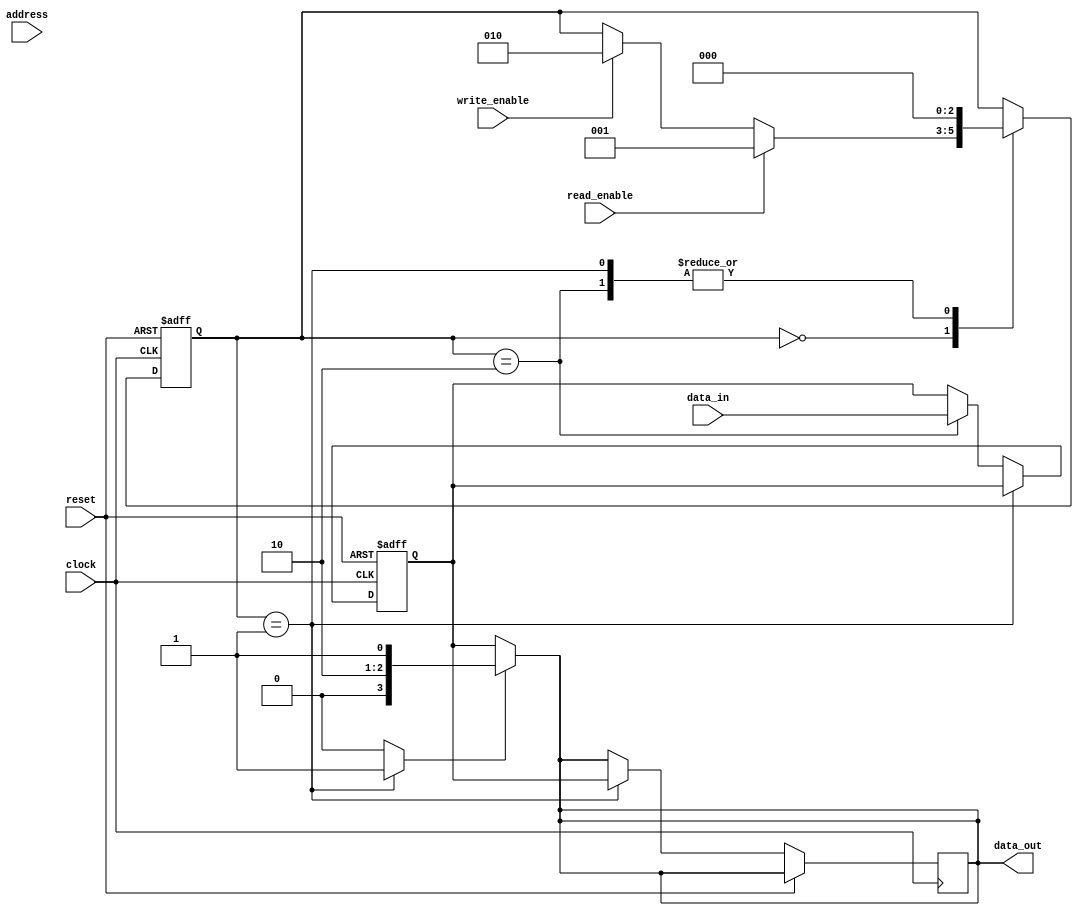
module memory_controller (
    input                          clock,
    input                          reset,
    input                          read_enable,
    input                          write_enable,
    input  [31:0]           address,
    input  [31:0]           data_in,
    output [31:0]           data_out
);

// State machine
reg [2:0] state;
parameter IDLE = 3'b000;
parameter READ = 3'b001;
parameter WRITE = 3'b010;

always @ (posedge clock or posedge reset)
begin
    if (reset)
        state <= IDLE;
    else
        case (state)
            IDLE: begin
                if (read_enable)
                    state <= READ;
                else if (write_enable)
                    state <= WRITE;
            end
            READ: state <= IDLE;
            WRITE: state <= IDLE;
        endcase
end

// Register File
reg [31:0] address_reg;
reg [31:0] data_reg;

always @ (posedge clock or posedge reset)
begin
    if (reset)
    begin
        address_reg <= 32'h0;
        data_reg <= 32'h0;
    end
    else if (state == READ)
    begin
        address_reg <= address;
        data_out <= data_reg;
    end
    else if (state == WRITE)
        begin
            address_reg <= address;
            data_reg <= data_in;
        end
end

// Memory Interface
reg [31:0] memory_data;

// Control logic
reg read_enable_out;
reg write_enable_out;

always @ (*)
begin
    case (state)
        READ: begin
            read_enable_out = 1;
            write_enable_out = 0;
        end
        WRITE: begin
            read_enable_out = 0;
            write_enable_out = 1;
        end
        default: begin
            read_enable_out = 0;
            write_enable_out = 0;
        end
    endcase
end

// Data path
always @ (*)
begin
    if (read_enable_out)
        data_out <= memory_data;
    else
        data_out <= data_reg;
end

endmodule